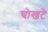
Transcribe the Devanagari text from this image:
चोखटे